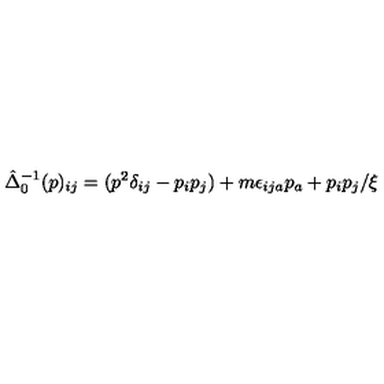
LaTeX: \hat { \Delta } _ { 0 } ^ { - 1 } ( p ) _ { i j } = ( p ^ { 2 } \delta _ { i j } - p _ { i } p _ { j } ) + m \epsilon _ { i j a } p _ { a } + p _ { i } p _ { j } / \xi